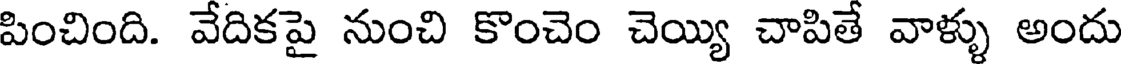
పించింది. వేదికపై నుంచి కొంచెం చెయ్యి చాపితే వాళ్ళు అందు